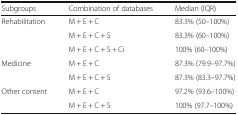
<table><thead><tr><td><b>Subgroups</b></td><td><b>Combination of databases</b></td><td><b>Median (IQR)</b></td></tr></thead><tbody><tr><td rowspan="3">Rehabilitation</td><td>M + E + C</td><td>83.3% (50–100%)</td></tr><tr><td>M + E + C + S</td><td>83.3% (60–100%)</td></tr><tr><td>M + E + C + S + Ci</td><td>100% (60–100%)</td></tr><tr><td rowspan="2">Medicine</td><td>M + E + C</td><td>87.3% (79.9–97.7%)</td></tr><tr><td>M + E + C + S</td><td>87.3% (83.3–97.7%)</td></tr><tr><td rowspan="2">Other content</td><td>M + E + C</td><td>97.2% (93.6–100%)</td></tr><tr><td>M + E + C + S</td><td>100% (97.7–100%)</td></tr></tbody></table>